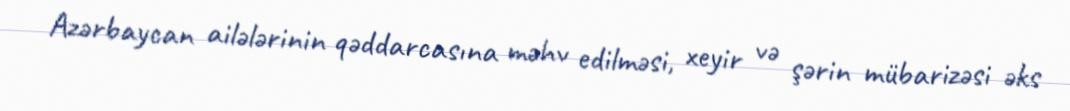
Azərbaycan ailələrinin qəddarcasına məhv edilməsi, xeyir və şərin mübarizəsi əks